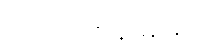
တောင်တန်းများကို